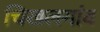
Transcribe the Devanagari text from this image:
चिखलगांव